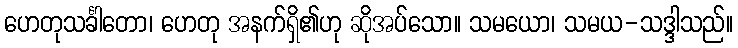
ဟေတုသင်္ခါတော၊ ဟေတု အနက်ရှိ၏ဟု ဆိုအပ်သော။ သမယော၊ သမယ-သဒ္ဒါသည်။